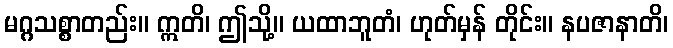
မဂ္ဂသစ္စာတည်း။ ဣတိ၊ ဤသို့။ ယထာဘူတံ၊ ဟုတ်မှန် တိုင်း။ နပဇာနာတိ၊